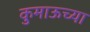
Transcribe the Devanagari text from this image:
कुमाऊच्या